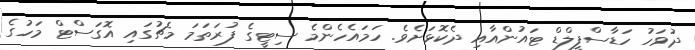
ދުވަހު ހަޑާސްފީލްޑް ޓައުންއާއި ދެކޮޅަށެވެ. ހަމައެހެންމެ ސިޓީގެ ފުރަތަމަ މެޗުގައި އޮގަސްޓް މަހުގެ